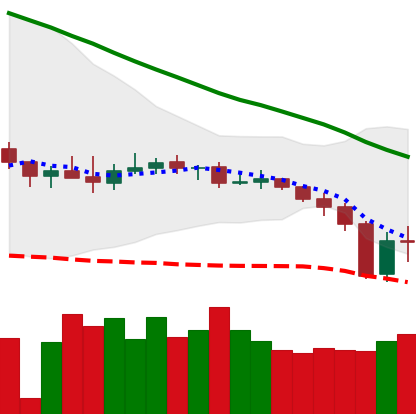
Ticker: XMR-USD
Chart end date: 2019-12-19
Forward return: -3.461%
Label: down_3_5